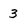
Character: 3